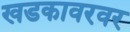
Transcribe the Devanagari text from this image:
खडकावरवर